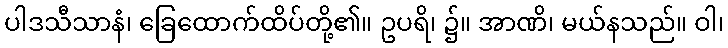
ပါဒသီသာနံ၊ ခြေထောက်ထိပ်တို့၏။ ဥပရိ၊ ၌။ အာဏိ၊ မယ်နသည်။ ဝါ၊